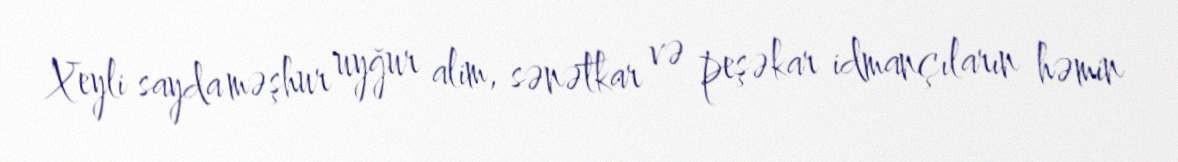
Xeyli sayda məşhur uyğur alim, sənətkar və peşəkar idmançıların həmin